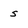
Character: s